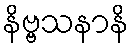
နိဗ္ဗသနာနိ